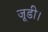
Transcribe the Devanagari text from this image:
जूडी।